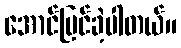
အောင်မြင်ခဲ့ပါတယ်။